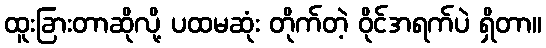
ထူးခြားတာဆိုလို့ ပထမဆုံး တိုက်တဲ့ ဝိုင်အရက်ပဲ ရှိတာ။